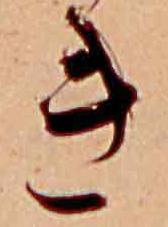
き